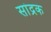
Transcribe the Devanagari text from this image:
सांद्रक